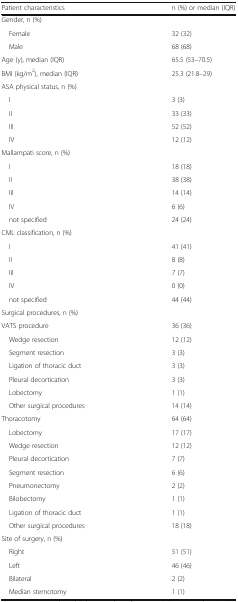
<table><thead><tr><td><b>Patient characteristics</b></td><td><b>n (%) or median (IQR)</b></td></tr></thead><tbody><tr><td colspan="2">Gender, n (%)</td></tr><tr><td> Female</td><td>32 (32)</td></tr><tr><td> Male</td><td>68 (68)</td></tr><tr><td>Age (y), median (IQR)</td><td>65.5 (53–70.5)</td></tr><tr><td>BMI (kg/m<sup>2</sup>), median (IQR)</td><td>25.3 (21.8–29)</td></tr><tr><td colspan="2">ASA physical status, n (%)</td></tr><tr><td> I</td><td>3 (3)</td></tr><tr><td> II</td><td>33 (33)</td></tr><tr><td> III</td><td>52 (52)</td></tr><tr><td> IV</td><td>12 (12)</td></tr><tr><td colspan="2">Mallampati score, n (%)</td></tr><tr><td> I</td><td>18 (18)</td></tr><tr><td> II</td><td>38 (38)</td></tr><tr><td> III</td><td>14 (14)</td></tr><tr><td> IV</td><td>6 (6)</td></tr><tr><td> not specified</td><td>24 (24)</td></tr><tr><td colspan="2">CML classification, n (%)</td></tr><tr><td> I</td><td>41 (41)</td></tr><tr><td> II</td><td>8 (8)</td></tr><tr><td> III</td><td>7 (7)</td></tr><tr><td> IV</td><td>0 (0)</td></tr><tr><td> not specified</td><td>44 (44)</td></tr><tr><td colspan="2">Surgical procedures, n (%)</td></tr><tr><td>VATS procedure</td><td>36 (36)</td></tr><tr><td> Wedge resection</td><td>12 (12)</td></tr><tr><td> Segment resection</td><td>3 (3)</td></tr><tr><td> Ligation of thoracic duct</td><td>3 (3)</td></tr><tr><td> Pleural decortication</td><td>3 (3)</td></tr><tr><td> Lobectomy</td><td>1 (1)</td></tr><tr><td> Other surgical procedures</td><td>14 (14)</td></tr><tr><td>Thoracotomy</td><td>64 (64)</td></tr><tr><td> Lobectomy</td><td>17 (17)</td></tr><tr><td> Wedge resection</td><td>12 (12)</td></tr><tr><td> Pleural decortication</td><td>7 (7)</td></tr><tr><td> Segment resection</td><td>6 (6)</td></tr><tr><td> Pneumonectomy</td><td>2 (2)</td></tr><tr><td> Bilobectomy</td><td>1 (1)</td></tr><tr><td> Ligation of thoracic duct</td><td>1 (1)</td></tr><tr><td> Other surgical procedures</td><td>18 (18)</td></tr><tr><td colspan="2">Site of surgery, n (%)</td></tr><tr><td> Right</td><td>51 (51)</td></tr><tr><td> Left</td><td>46 (46)</td></tr><tr><td> Bilateral</td><td>2 (2)</td></tr><tr><td> Median sternotomy</td><td>1 (1)</td></tr></tbody></table>